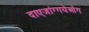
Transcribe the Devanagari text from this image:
दाएजांग्गयेओंग